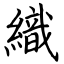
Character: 織